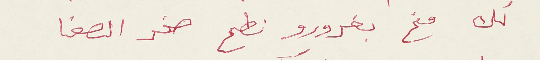
لك مخ بغرورو نطح صخر الصفا